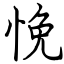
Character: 悗